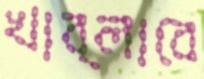
খাব্‌লাবে